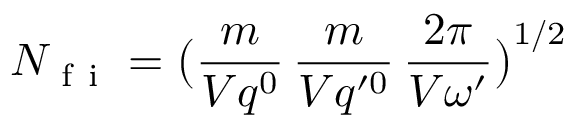
N _ { \mathrm { ~ f ~ i ~ } } = \big ( \frac { m } { V q ^ { 0 } } \, \frac { m } { V q ^ { \prime 0 } } \, \frac { 2 \pi } { V \omega ^ { \prime } } \big ) ^ { 1 / 2 }